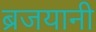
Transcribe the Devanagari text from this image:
ब्रजयानी